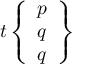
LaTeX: t \left\{ { \begin{array} { l } { p } \\ { q } \\ { q } \end{array} } \right\}